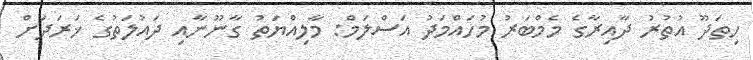
ހިތަދޫ އުތުރު ދާއިރާގެ މެމްބަރު މުހައްމަދު އަސްލަމް: މާލިއްޔަތު ގާނޫނާއި ދައުލަތުގެ ޚަރަދަށް